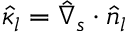
\hat { \kappa } _ { l } = \hat { \nabla } _ { s } \cdot \boldsymbol { \hat { n } _ { l } }